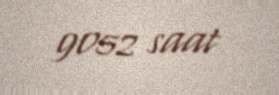
9052 saat